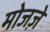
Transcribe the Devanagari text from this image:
मोजज़े